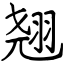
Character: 翘